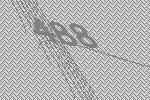
488